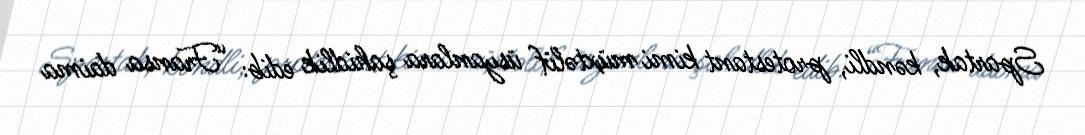
Spartak, kəndli, protestant kimi müxtəlif üsyanlara şahidlik edib: “Fransa daima